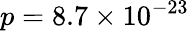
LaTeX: p=8.7\times 10^{-23}